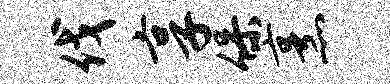
伐享保烹